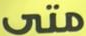
متى